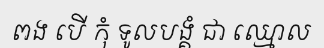
ពង បើ កុំ ទូលបង្គំ ជា ឈ្មោល